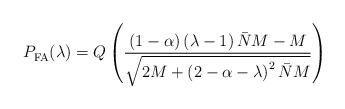
LaTeX: \begin{align*}P_{\rm FA}^{ } (\lambda) = Q \left( \frac{ { ( 1 - \alpha ) \left( {\lambda} -1 \right) \bar{N} { M} - { M} }}{ \sqrt{ 2 {M}+ \left( 2- \alpha - {\lambda} \right)^2 \bar{N} {M} } } \right) \end{align*}